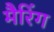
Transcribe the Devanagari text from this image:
मैरिंग